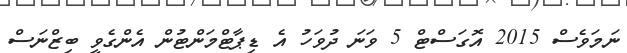
ނަމަވެސް 2015 އޮގަސްޓް 5 ވަނަ ދުވަހު އެ ޑިޕާޓްމަންޓުން އެންގެވީ ބިޒްނަސް